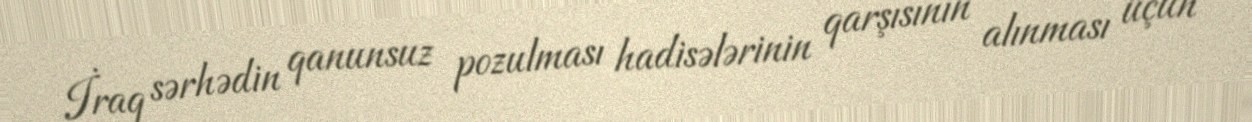
İraq sərhədin qanunsuz pozulması hadisələrinin qarşısının alınması üçün